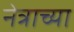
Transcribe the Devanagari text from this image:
नेत्राच्या